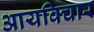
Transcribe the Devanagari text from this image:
आयविचार